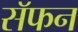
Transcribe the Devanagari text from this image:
सॅफन